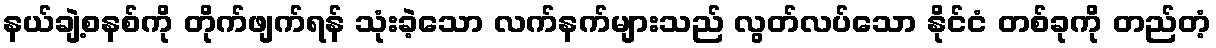
နယ်ချဲ့စနစ်ကို တိုက်ဖျက်ရန် သုံးခဲ့သော လက်နက်များသည် လွတ်လပ်သော နိုင်ငံ တစ်ခုကို တည်တံ့